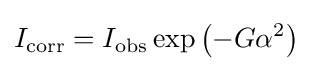
I_{\text{corr}}=I_{\text{obs}}\exp \left(-G\alpha ^{2}\right)